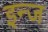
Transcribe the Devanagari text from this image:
इन्ज